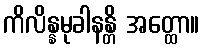
ကိလိန္နမုခါနန္တိ အတ္ထော။